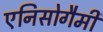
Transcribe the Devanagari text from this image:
एनिसोगैमी